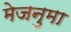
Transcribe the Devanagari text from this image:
मेजनुमा